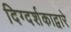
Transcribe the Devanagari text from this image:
दिग्दर्शकाद्वारे